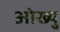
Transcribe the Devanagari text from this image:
ओख्यु